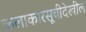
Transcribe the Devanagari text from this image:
कलाकारसूचीदेखील